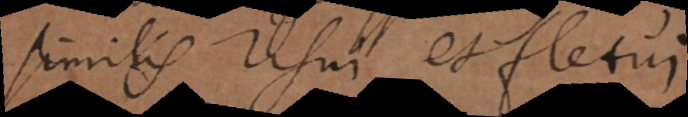
similis risui et fletui.